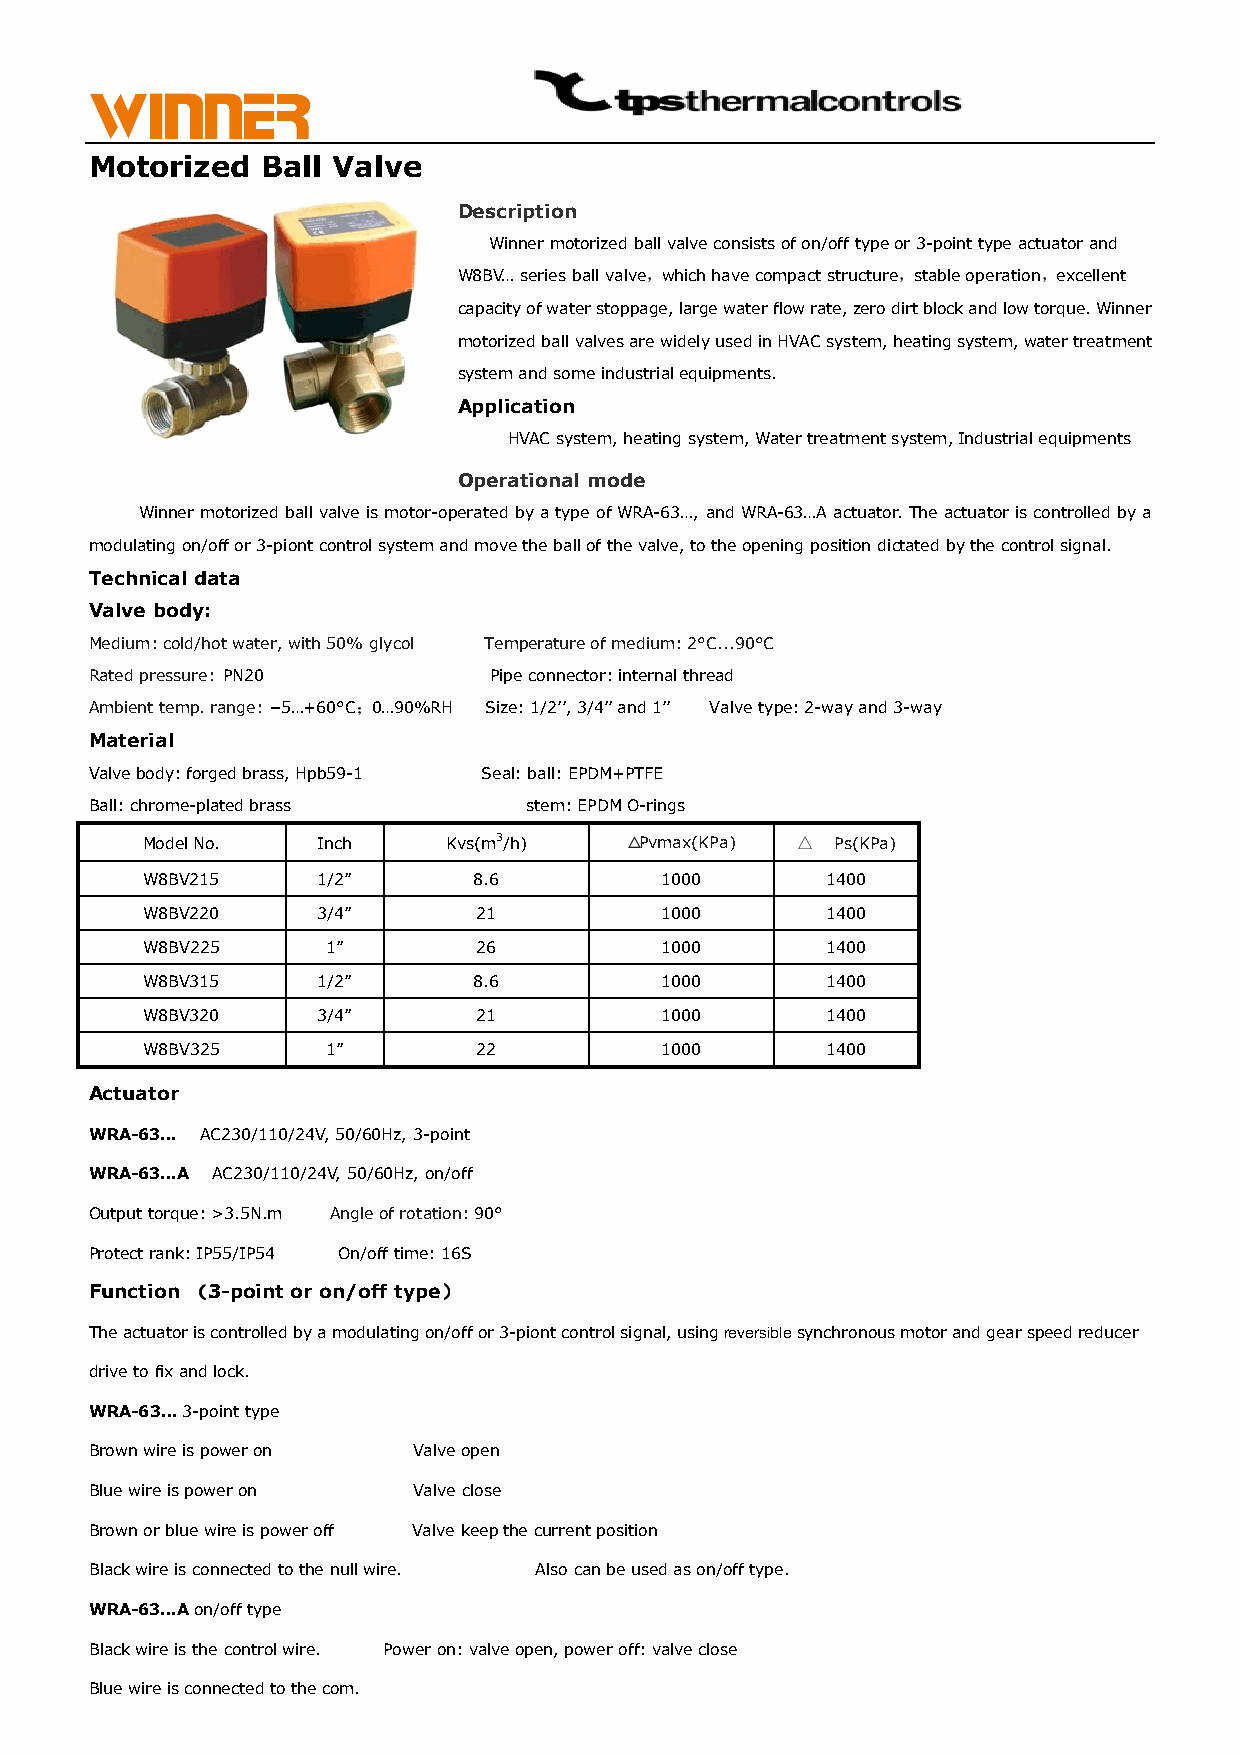
Motorized  Ball Valve
 Description
 Winner motorized ball valve consists of on/off type or 3-point type actuator and
 W8BV… series ball valve，which have compact structure，stable operation，excellent
 capacity of water stoppage, large water flow rate, zero dirt block and low torque. Winner
 motorized ball valves are widely used in HVAC system, heating system, water treatment
 system and some industrial equipments.
 Application
 HVAC system, heating system, Water treatment system, Industrial equipments
 Operational mode
 Winner motorized ball valve is motor-operated by a type of WRA-63…, and WRA-63…A actuator. The actuator is controlled by a
 modulating on/off or 3-piont control system and move the ball of the valve, to the opening position dictated by the control signal.
 Technical data
 Valve body:
 Medium: cold/hot water, with 50% glycol Temperature of medium: 2°C...90°C
 Rated pressure: PN20      Pipe connector: internal thread
 Ambient temp. range: −5…+60°C；0…90%RH Size: 1/2’’, 3/4’’ and 1’’ Valve type: 2-way and 3-way
 Material
 Valve body: forged brass, Hpb59-1 Seal: ball: EPDM+PTFE
 Ball: chrome-plated brass    stem: EPDM O-rings
 Model No.   Inch     Kvs(m3/h)  △Pvmax(KPa) △ Ps(KPa)
 W8BV215     1/2”      8.6          1000       1400
 W8BV220     3/4”       21          1000       1400
 W8BV225      1”        26          1000       1400
 W8BV315     1/2”      8.6          1000       1400
 W8BV320     3/4”       21          1000       1400
 W8BV325      1”        22          1000       1400
 Actuator
 WRA-63… AC230/110/24V, 50/60Hz, 3-point
 WRA-63…A AC230/110/24V, 50/60Hz, on/off
 Output torque: >3.5N.m Angle of rotation: 90°
 Protect rank: IP55/IP54 On/off time: 16S
 Function （（（（3-point or on/off type））））
 The actuator is controlled by a modulating on/off or 3-piont control signal, using reversible synchronous motor and gear speed reducer
 drive to fix and lock.
 WRA-63… 3-point type
 Brown wire is power on Valve open
 Blue wire is power on Valve close
 Brown or blue wire is power off Valve keep the current position
 Black wire is connected to the null wire. Also can be used as on/off type.
 WRA-63…A on/off type
 Black wire is the control wire. Power on: valve open, power off: valve close
 Blue wire is connected to the com.